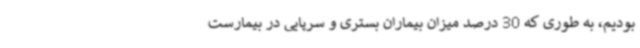
بودیم، به طوری که 30 درصد میزان بیماران بستری و سرپایی در بیمارست